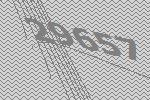
29657